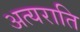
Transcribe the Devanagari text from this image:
अत्यराति